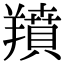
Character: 羵